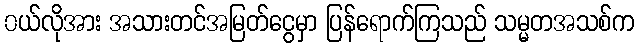
၀ယ်လိုအား အသားတင်အမြတ်ငွေမှာ ပြန်ရောက်ကြသည် သမ္မတအသစ်က